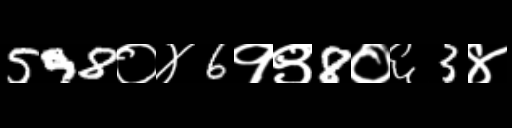
Text: 598०४6१९8०६3४